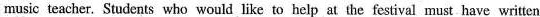
music teacher. Students who would like to help at the festival must have written